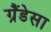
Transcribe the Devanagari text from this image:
ग्रैंडेसा